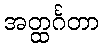
အတ္ထင်္ဂတာ